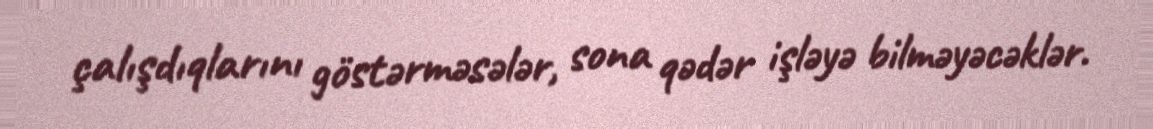
çalışdıqlarını göstərməsələr, sona qədər işləyə bilməyəcəklər.